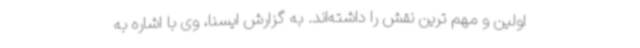
اولین و مهم ترین نقش را داشته‌اند. به گزارش ایسنا، وی با اشاره به